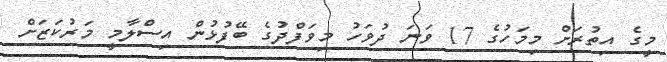
މީގެ އިތުރަށް މިމަހުގެ 17 ވަނަ ދުވަހު މިވަފްދުގެ ބޭފުޅުން އިސްލާމީ މަރުކަޒަށް